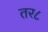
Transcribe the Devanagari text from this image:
तर८